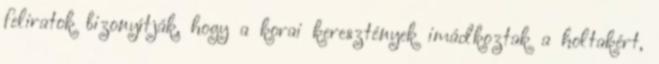
feliratok bizonyítják, hogy a korai keresztények imádkoztak a holtakért,